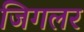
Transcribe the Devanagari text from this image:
जिगलर